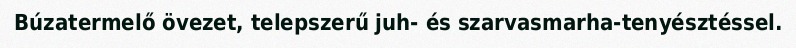
Búzatermelő övezet, telepszerű juh- és szarvasmarha-tenyésztéssel.